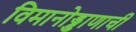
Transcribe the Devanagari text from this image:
विमानोड्डाणाची